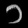
Digit: ၁